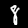
Digit: 8